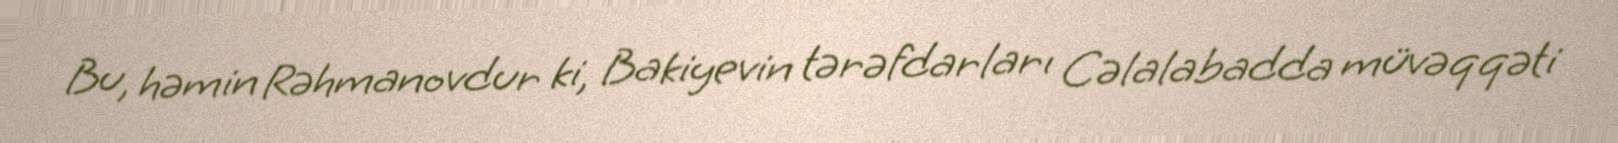
Bu, həmin Rəhmanovdur ki, Bakiyevin tərəfdarları Cəlalabadda müvəqqəti